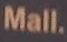
mall.